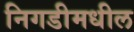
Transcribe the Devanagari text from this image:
निगडीमधील